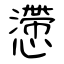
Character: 懘